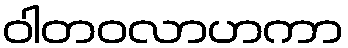
ဝါတဝလာဟကာ